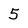
Character: 5